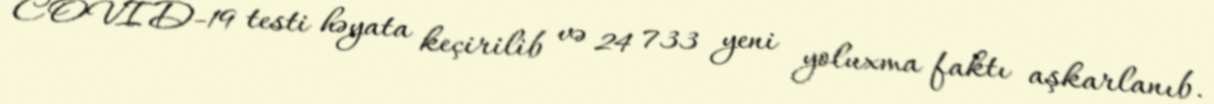
COVID-19 testi həyata keçirilib və 24 733 yeni yoluxma faktı aşkarlanıb.